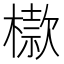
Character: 㯘